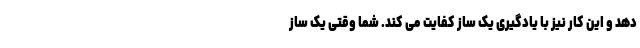
دهد و این کار نیز با یادگیری یک ساز کفایت می کند. شما وقتی یک ساز